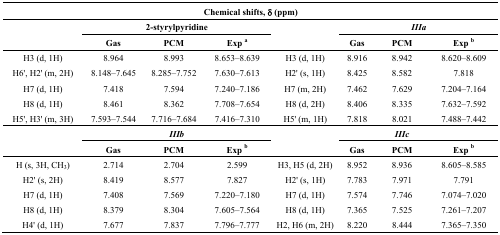
<table><thead><tr><td colspan="8"><b>Chemical shifts, δ (ppm)</b></td></tr><tr><td></td><td colspan="3"><b>2-styrylpyridine</b></td><td></td><td colspan="3"><b><i>IIIa</i></b></td></tr><tr><td></td><td><b>Gas</b></td><td><b>PCM</b></td><td><b>Exp a</b></td><td></td><td><b>Gas</b></td><td><b>PCM</b></td><td><b>Exp b</b></td></tr></thead><tbody><tr><td>H3 (d, 1H)</td><td>8.964</td><td>8.993</td><td>8.653–8.639</td><td>H3 (d, 1H)</td><td>8.916</td><td>8.942</td><td>8.620–8.609</td></tr><tr><td>H6′, H2′ (m, 2H)</td><td>8.148–7.645</td><td>8.285–7.752</td><td>7.630–7.613</td><td>H2′ (s, 1H)</td><td>8.425</td><td>8.582</td><td>7.818</td></tr><tr><td>H7 (d, 1H)</td><td>7.418</td><td>7.594</td><td>7.240–7.186</td><td>H7 (m, 2H)</td><td>7.462</td><td>7.629</td><td>7.204–7.164</td></tr><tr><td>H8 (d, 1H)</td><td>8.461</td><td>8.362</td><td>7.708–7.654</td><td>H8 (d, 2H)</td><td>8.406</td><td>8.335</td><td>7.632–7.592</td></tr><tr><td>H5′, H3′ (m, 3H)</td><td>7.593–7.544</td><td>7.716–7.684</td><td>7.416–7.310</td><td>H5′ (m, 1H)</td><td>7.818</td><td>8.021</td><td>7.488–7.442</td></tr><tr><td></td><td colspan="3"><b><i>IIIb</i></b></td><td></td><td colspan="3"><b><i>IIIc</i></b></td></tr><tr><td></td><td><b>Gas</b></td><td><b>PCM</b></td><td><b>Exp</b>b</td><td></td><td><b>Gas</b></td><td><b>PCM</b></td><td><b>Exp</b>b</td></tr><tr><td>H (s, 3H, CH<sup>3</sup>)</td><td>2.714</td><td>2.704</td><td>2.599</td><td>H3, H5 (d, 2H)</td><td>8.952</td><td>8.936</td><td>8.605–8.585</td></tr><tr><td>H2′ (s, 2H)</td><td>8.419</td><td>8.577</td><td>7.827</td><td>H2′ (s, 1H)</td><td>7.783</td><td>7.971</td><td>7.791</td></tr><tr><td>H7 (d, 1H)</td><td>7.408</td><td>7.569</td><td>7.220–7.180</td><td>H7 (d, 1H)</td><td>7.574</td><td>7.746</td><td>7.074–7.020</td></tr><tr><td>H8 (d, 1H)</td><td>8.379</td><td>8.304</td><td>7.605–7.564</td><td>H8 (d, 1H)</td><td>7.365</td><td>7.525</td><td>7.261–7.207</td></tr><tr><td>H4′ (d, 1H)</td><td>7.677</td><td>7.837</td><td>7.796–7.777</td><td>H2, H6 (m, 2H)</td><td>8.220</td><td>8.444</td><td>7.365–7.350</td></tr></tbody></table>